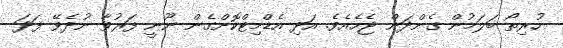
ހުރިތޯ ބަލަމުން ގެންދަން ޖެހެއެވެ. އަދި އެޑްމިޓްކޮށްގެން ނޫނީ ފަރުވާ ނުދެވޭ ފަދަ